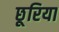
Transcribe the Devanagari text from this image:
छूरिया